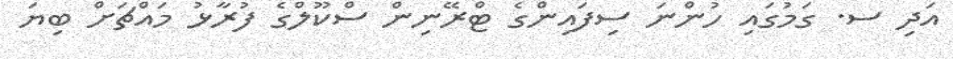
އަދި ސ. ގަމުގައި ހުންނަ ސިފައިންގެ ޓްރޭނިން ސްކޫލްގެ ފުރާޅު މައްޗަށް ބިޔަ